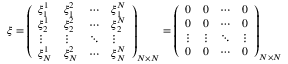
\boldsymbol { \xi } = \left( \begin{array} { l l l l } { \xi _ { 1 } ^ { 1 } } & { \xi _ { 1 } ^ { 2 } } & { \cdots } & { \xi _ { 1 } ^ { N } } \\ { \xi _ { 2 } ^ { 1 } } & { \xi _ { 2 } ^ { 2 } } & { \cdots } & { \xi _ { 2 } ^ { N } } \\ { \vdots } & { \vdots } & { \ddots } & { \vdots } \\ { \xi _ { N } ^ { 1 } } & { \xi _ { N } ^ { 2 } } & { \cdots } & { \xi _ { N } ^ { N } } \end{array} \right) _ { N \times N } = \left( \begin{array} { l l l l } { 0 } & { 0 } & { \cdots } & { 0 } \\ { 0 } & { 0 } & { \cdots } & { 0 } \\ { \vdots } & { \vdots } & { \ddots } & { \vdots } \\ { 0 } & { 0 } & { \cdots } & { 0 } \end{array} \right) _ { N \times N }